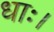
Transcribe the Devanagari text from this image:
धाः।